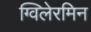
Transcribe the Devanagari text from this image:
ग्विलेरमिन